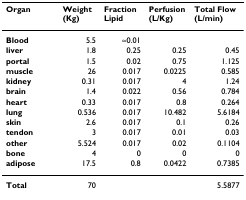
| Organ | Weight (Kg) | Fraction Lipid | Perfusion (L/Kg) | Total Flow (L/min) |
 | --- | --- | --- | --- | --- |
 | Blood | 5.5 | ≈0.01 |  |  |
 | liver | 1.8 | 0.25 | 0.25 | 0.45 |
 | portal | 1.5 | 0.02 | 0.75 | 1.125 |
 | muscle | 26 | 0.017 | 0.0225 | 0.585 |
 | kidney | 0.31 | 0.017 | 4 | 1.24 |
 | brain | 1.4 | 0.022 | 0.56 | 0.784 |
 | heart | 0.33 | 0.017 | 0.8 | 0.264 |
 | lung | 0.536 | 0.017 | 10.482 | 5.6184 |
 | skin | 2.6 | 0.017 | 0.1 | 0.26 |
 | tendon | 3 | 0.017 | 0.01 | 0.03 |
 | other | 5.524 | 0.017 | 0.02 | 0.1104 |
 | bone | 4 | 0 | 0 | 0 |
 | adipose | 17.5 | 0.8 | 0.0422 | 0.7385 |
 | Total | 70 |  |  | 5.5877 |